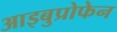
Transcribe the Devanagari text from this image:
आइबुप्रोफेन